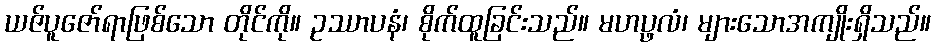
ယဇ်ပူဇော်ရာဖြစ်သော တိုင်ကို။ ဥဿာပနံ၊ စိုက်ထူခြင်းသည်။ မဟပ္ဖလံ၊ များသောအကျိုးရှိသည်။